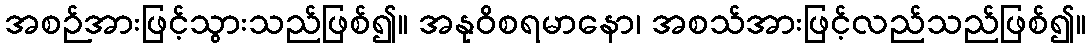
အစဉ်အားဖြင့်သွားသည်ဖြစ်၍။ အနုဝိစရမာနော၊ အစသ်အားဖြင့်လည်သည်ဖြစ်၍။